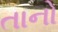
તાનો